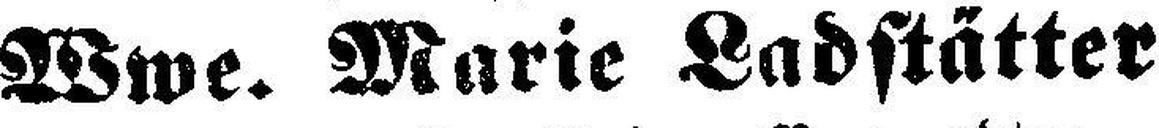
Wwe. Marie Ladstätter